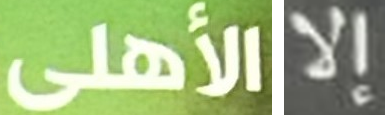
الأهلى إلا